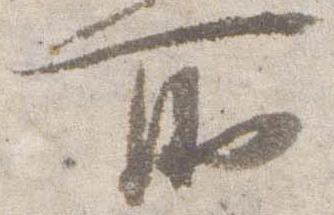
所